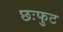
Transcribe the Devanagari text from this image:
छःफुट